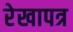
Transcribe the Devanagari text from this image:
रेखापत्र